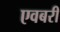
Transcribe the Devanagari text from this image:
एवबरी